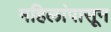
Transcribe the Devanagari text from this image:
महिलांपासून